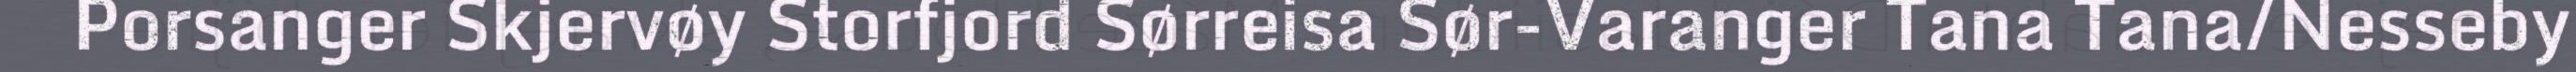
Porsanger Skjervøy Storfjord Sørreisa Sør-Varanger Tana Tana/Nesseby